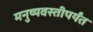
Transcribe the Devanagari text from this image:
मनुष्यवस्तीपर्यंत